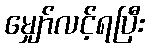
မျှော်လင့်ရပြီး